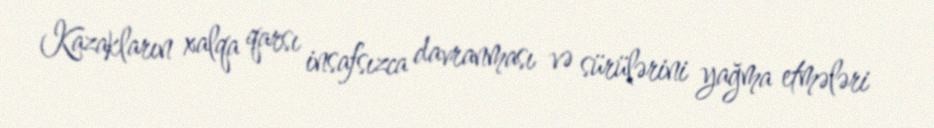
Kazakların xalqa qarsı insafsızca davranması və sürülərini yağma etmələri